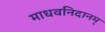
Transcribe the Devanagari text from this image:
माधवनिदानम्